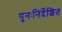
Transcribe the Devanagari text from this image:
पुनःनिर्देशित